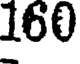
160